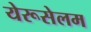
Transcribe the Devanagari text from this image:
येरूसेलम